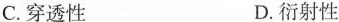
C.穿透性 D.衍射性